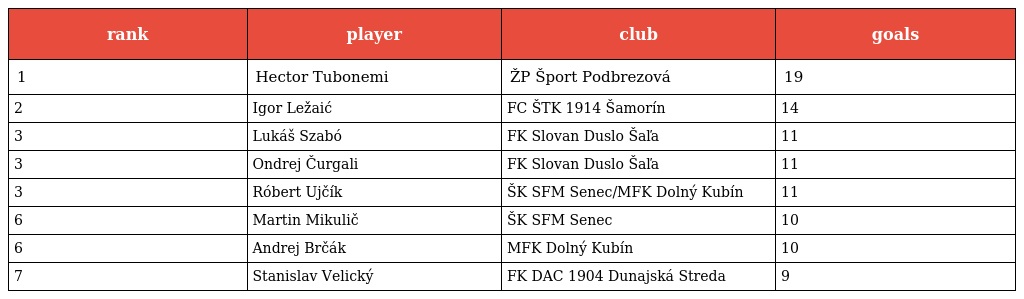
| rank | player | club | goals |
 | --- | --- | --- | --- |
 | 1 | Hector Tubonemi | ŽP Šport Podbrezová | 19 |
 | 2 | Igor Ležaić | FC ŠTK 1914 Šamorín | 14 |
 | 3 | Lukáš Szabó | FK Slovan Duslo Šaľa | 11 |
 | 3 | Ondrej Čurgali | FK Slovan Duslo Šaľa | 11 |
 | 3 | Róbert Ujčík | ŠK SFM Senec/MFK Dolný Kubín | 11 |
 | 6 | Martin Mikulič | ŠK SFM Senec | 10 |
 | 6 | Andrej Brčák | MFK Dolný Kubín | 10 |
 | 7 | Stanislav Velický | FK DAC 1904 Dunajská Streda | 9 |